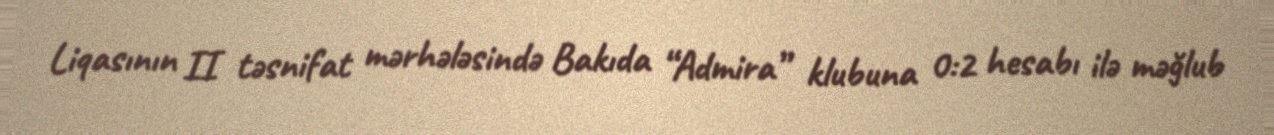
Liqasının II təsnifat mərhələsində Bakıda “Admira” klubuna 0:2 hesabı ilə məğlub